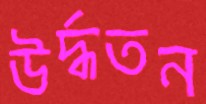
উর্দ্ধতন